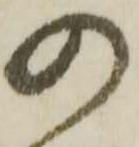
の